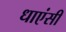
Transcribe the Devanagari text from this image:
धाएंसी